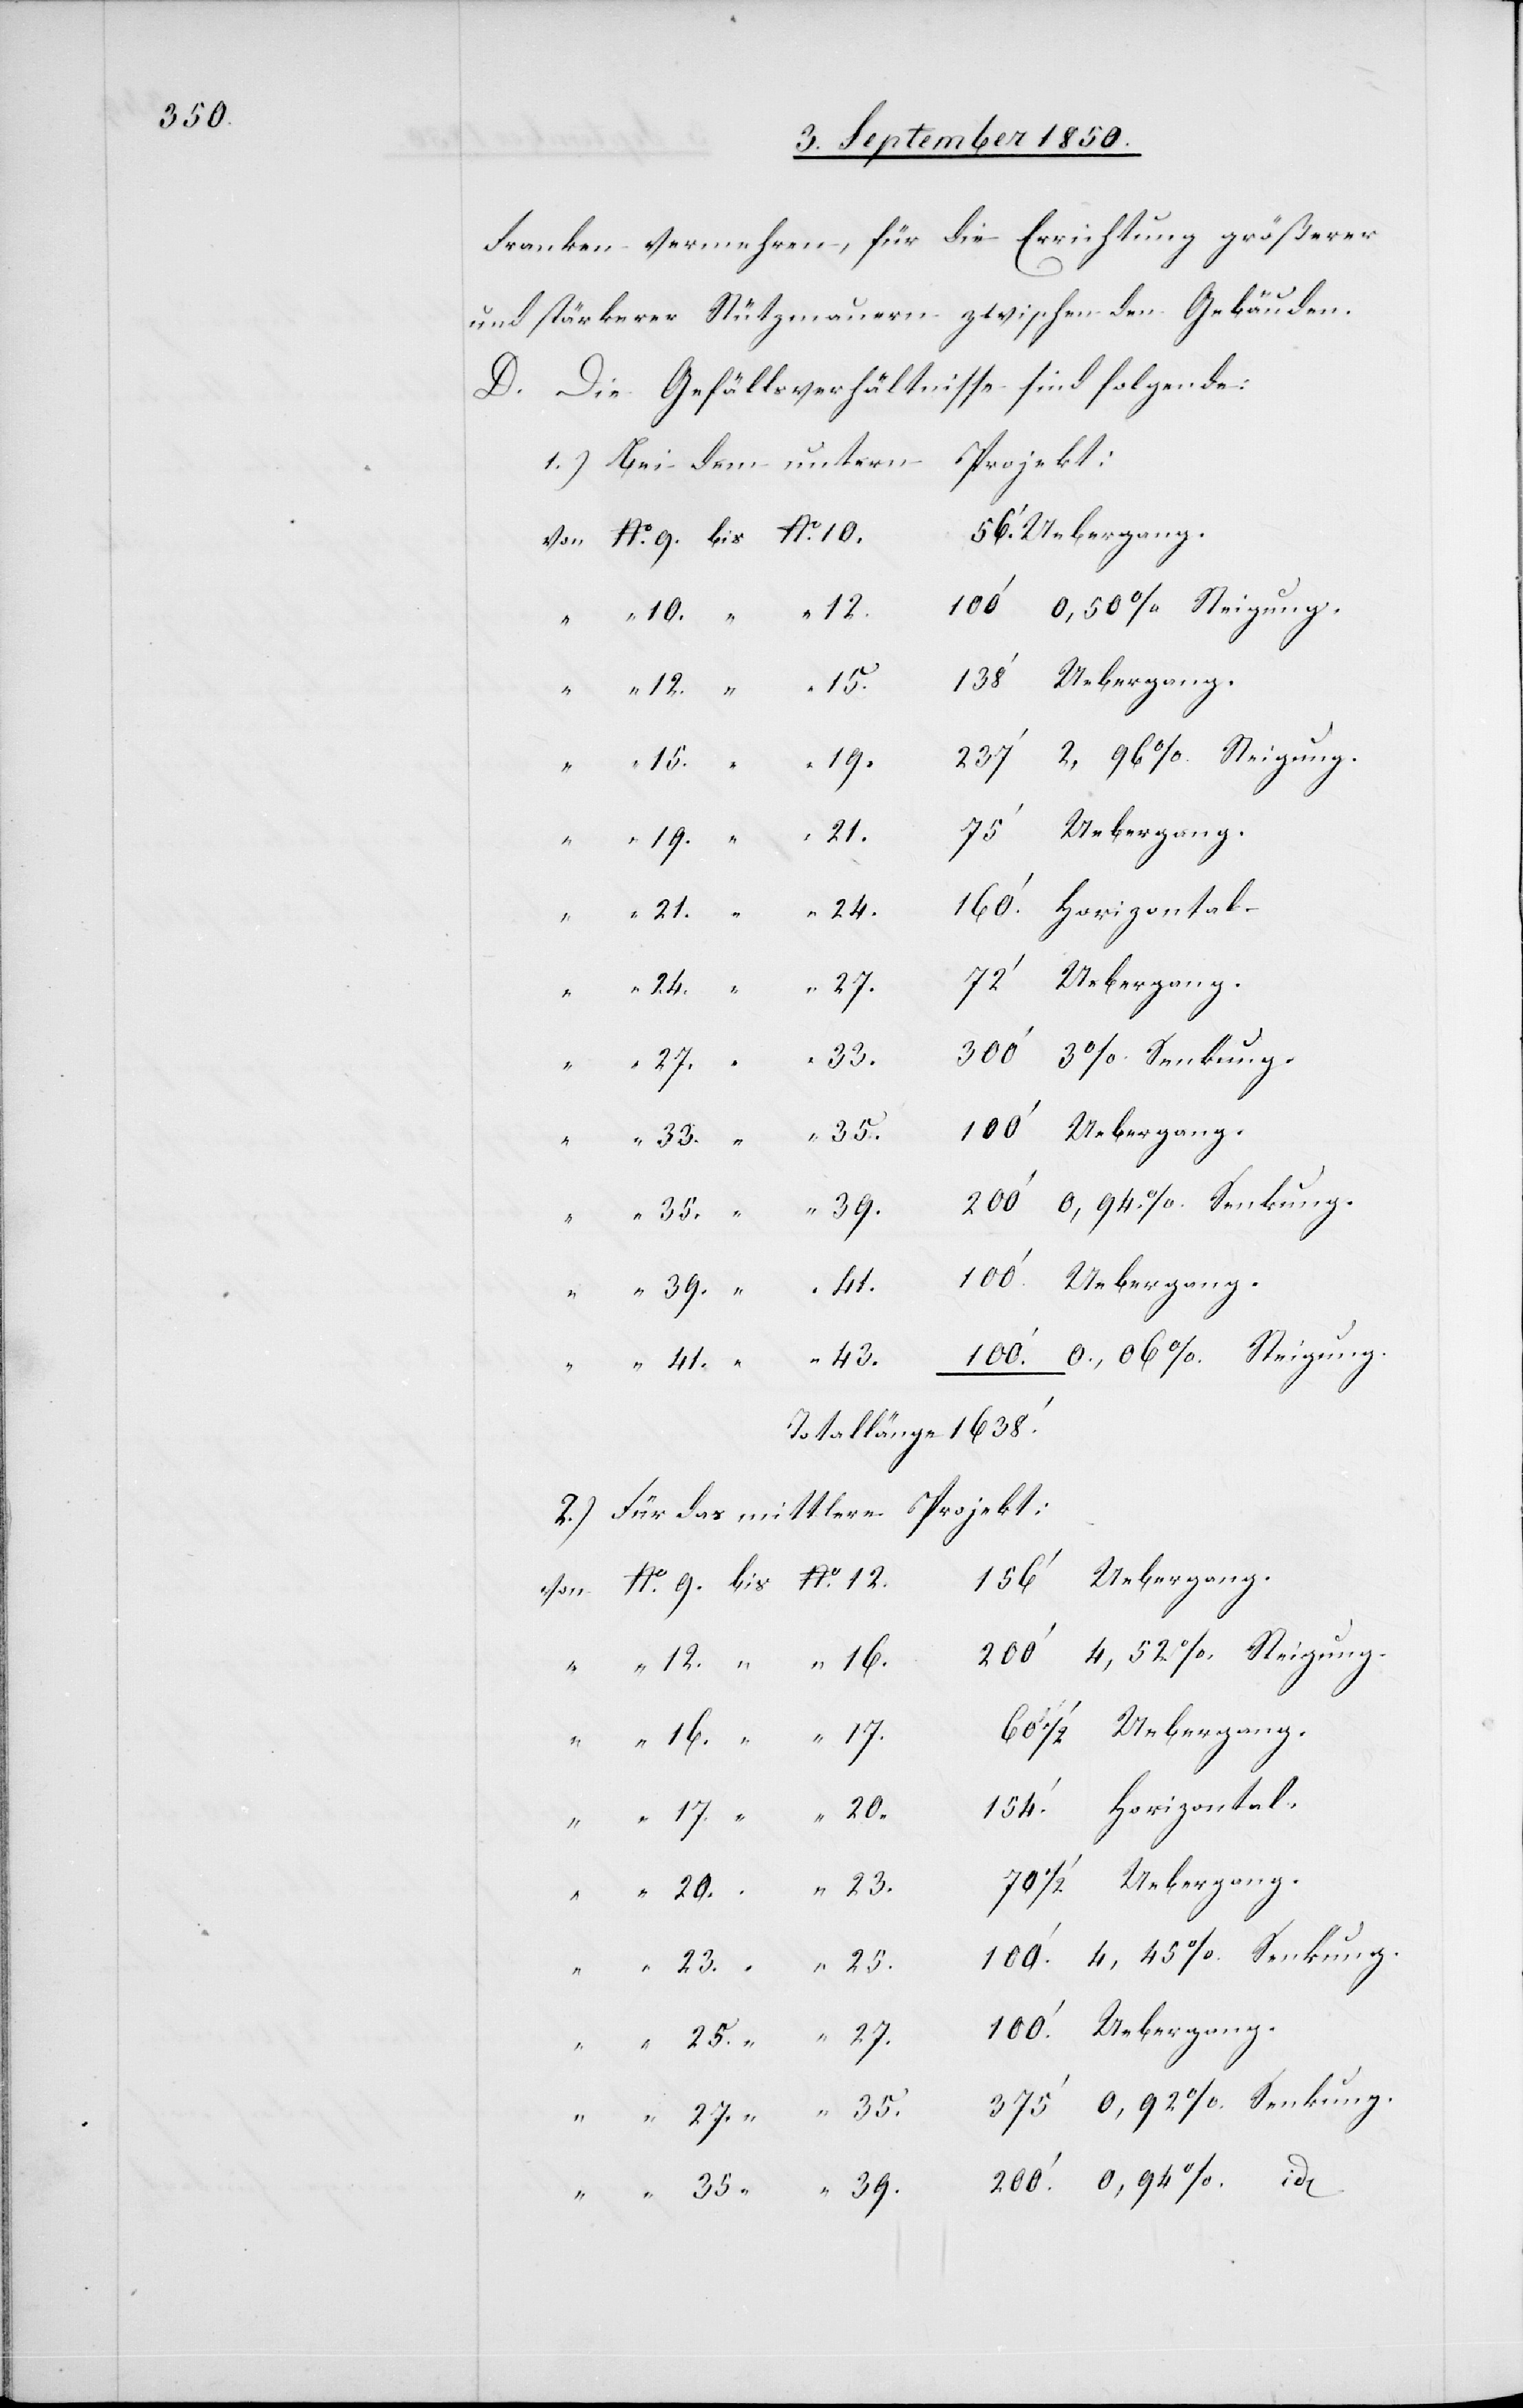
Franken vermehren, für die Errichtung größerer
und stärkerer Stützmauern zwischen den Gebäuden.
D. Die Gefällsverhältnisse sind folgende:
1.) Bei dem untern Projekt:
0,50 % Steigung.
39.
9.
2.) Für das mittlere Projekt:
Uebergang.
0,92 % Senkung.